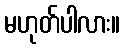
မဟုတ်ပါလား။